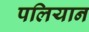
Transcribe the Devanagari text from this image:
पलियान